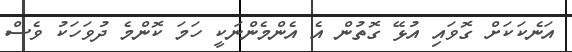
އަނެކަކަށް ގޮވައި އުޅޭ ގޮތުން އެ އެންމެންނަކީ ހަމަ ކޮންމެ ދުވަހަކު ވެސް